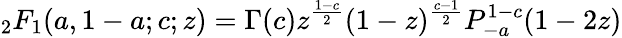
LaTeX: {}_{2}F_{1}(a,1-a;c;z)=\Gamma(c)z^{\frac{1-c}{2}}(1-z)^{\frac{c-1}{2}}P_{-a}^{1-c}(1-2z)